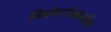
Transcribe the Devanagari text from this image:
निबंधसंग्रहातील